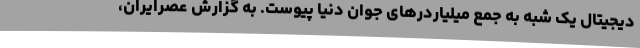
دیجیتال یک شبه به جمع میلیاردرهای جوان دنیا پیوست. به گزارش عصرایران،